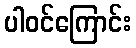
ပါဝင်ကြောင်း